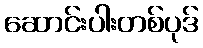
ဆောင်းပါးတစ်ပုဒ်